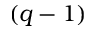
( q - 1 )